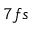
7 f s